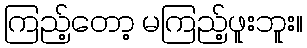
ကြည့်တော့ မကြည့်ဖူးဘူး။